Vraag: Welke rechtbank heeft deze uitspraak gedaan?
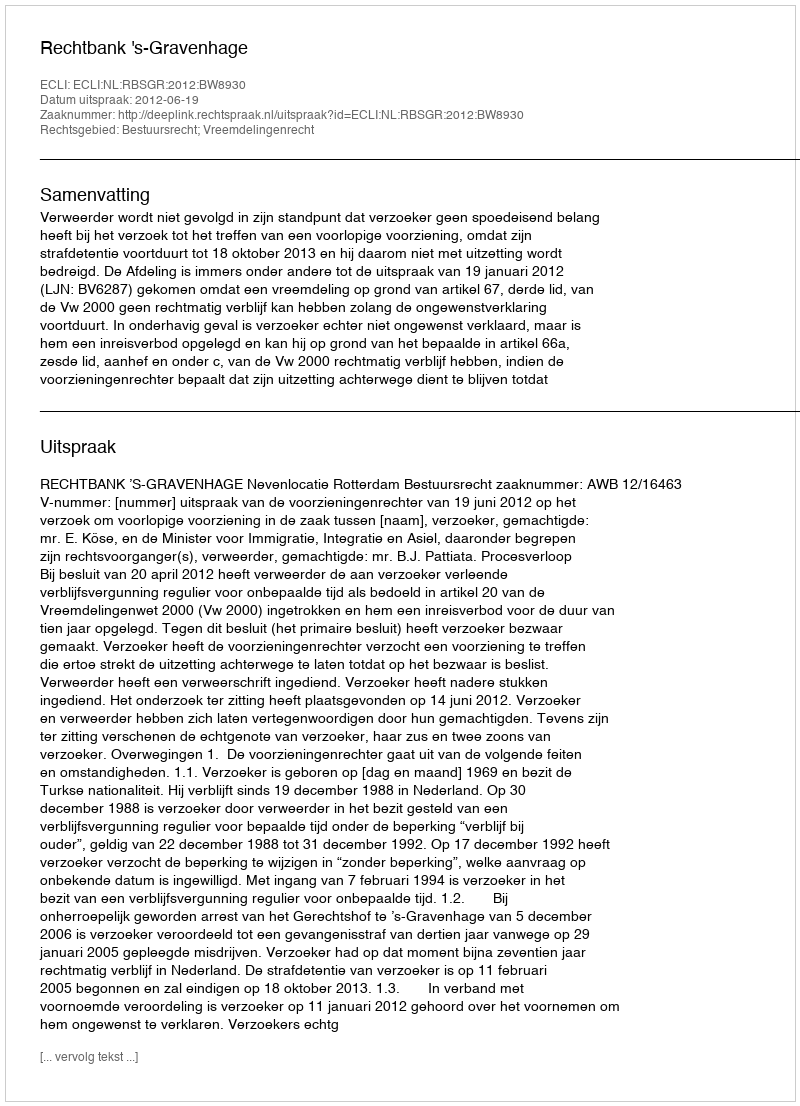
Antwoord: Rechtbank 's-Gravenhage